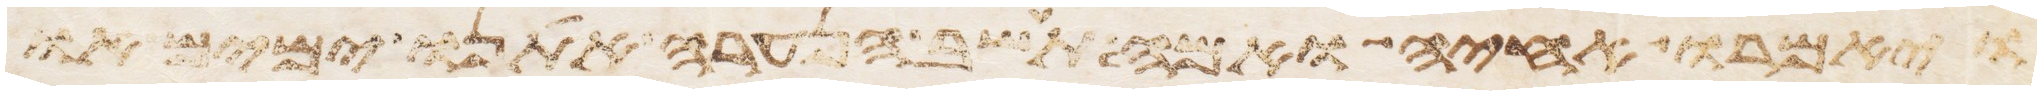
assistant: ויאמרו אחיה ואמה תשב הנערה אתנו ימים או